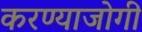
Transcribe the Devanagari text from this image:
करण्‍याजोगी